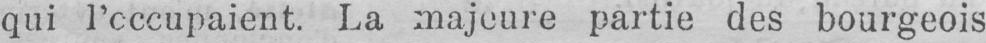
qui l’occupaient. La majeure partie des bourgeois